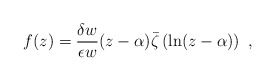
\begin{align*}f(z)=\frac{\delta w}{\epsilon w}(z-\alpha )\bar \zeta \left( \ln (z-\alpha )\right) \ ,\end{align*}